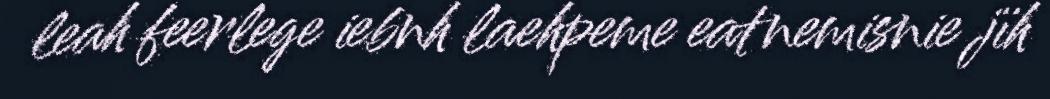
leah feerlege iebnh laehpeme eatnemisnie jïh